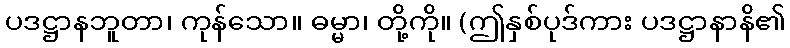
ပဒဋ္ဌာနဘူတာ၊ ကုန်သော။ ဓမ္မာ၊ တို့ကို။ (ဤနှစ်ပုဒ်ကား ပဒဋ္ဌာနာနိ၏